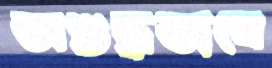
অশুদ্ধভাবে